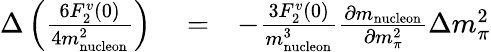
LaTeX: \begin{array}{rlr}{\Delta\left(\frac{6F_{2}^{v}(0)}{4m_{\mathrm{nucleon}}^{2}}\right)}&{{}=}&{-\frac{3F_{2}^{v}(0)}{m_{\mathrm{nucleon}}^{3}}\frac{\partial m_{\mathrm{nucleon}}}{\partial m_{\pi}^{2}}\Delta m_{\pi}^{2}}\end{array}